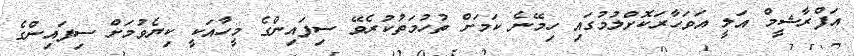
އަފްރާޝީމް އަލީ އަވަހާރަކޮށްލުމުގައި ހިމޭނެ ކަމަށް ތުހުމަތުކުރެވޭ ސިފައިންގެ މީހާއަކީ ކިޔެވުމަށް ސިފައިންގެ